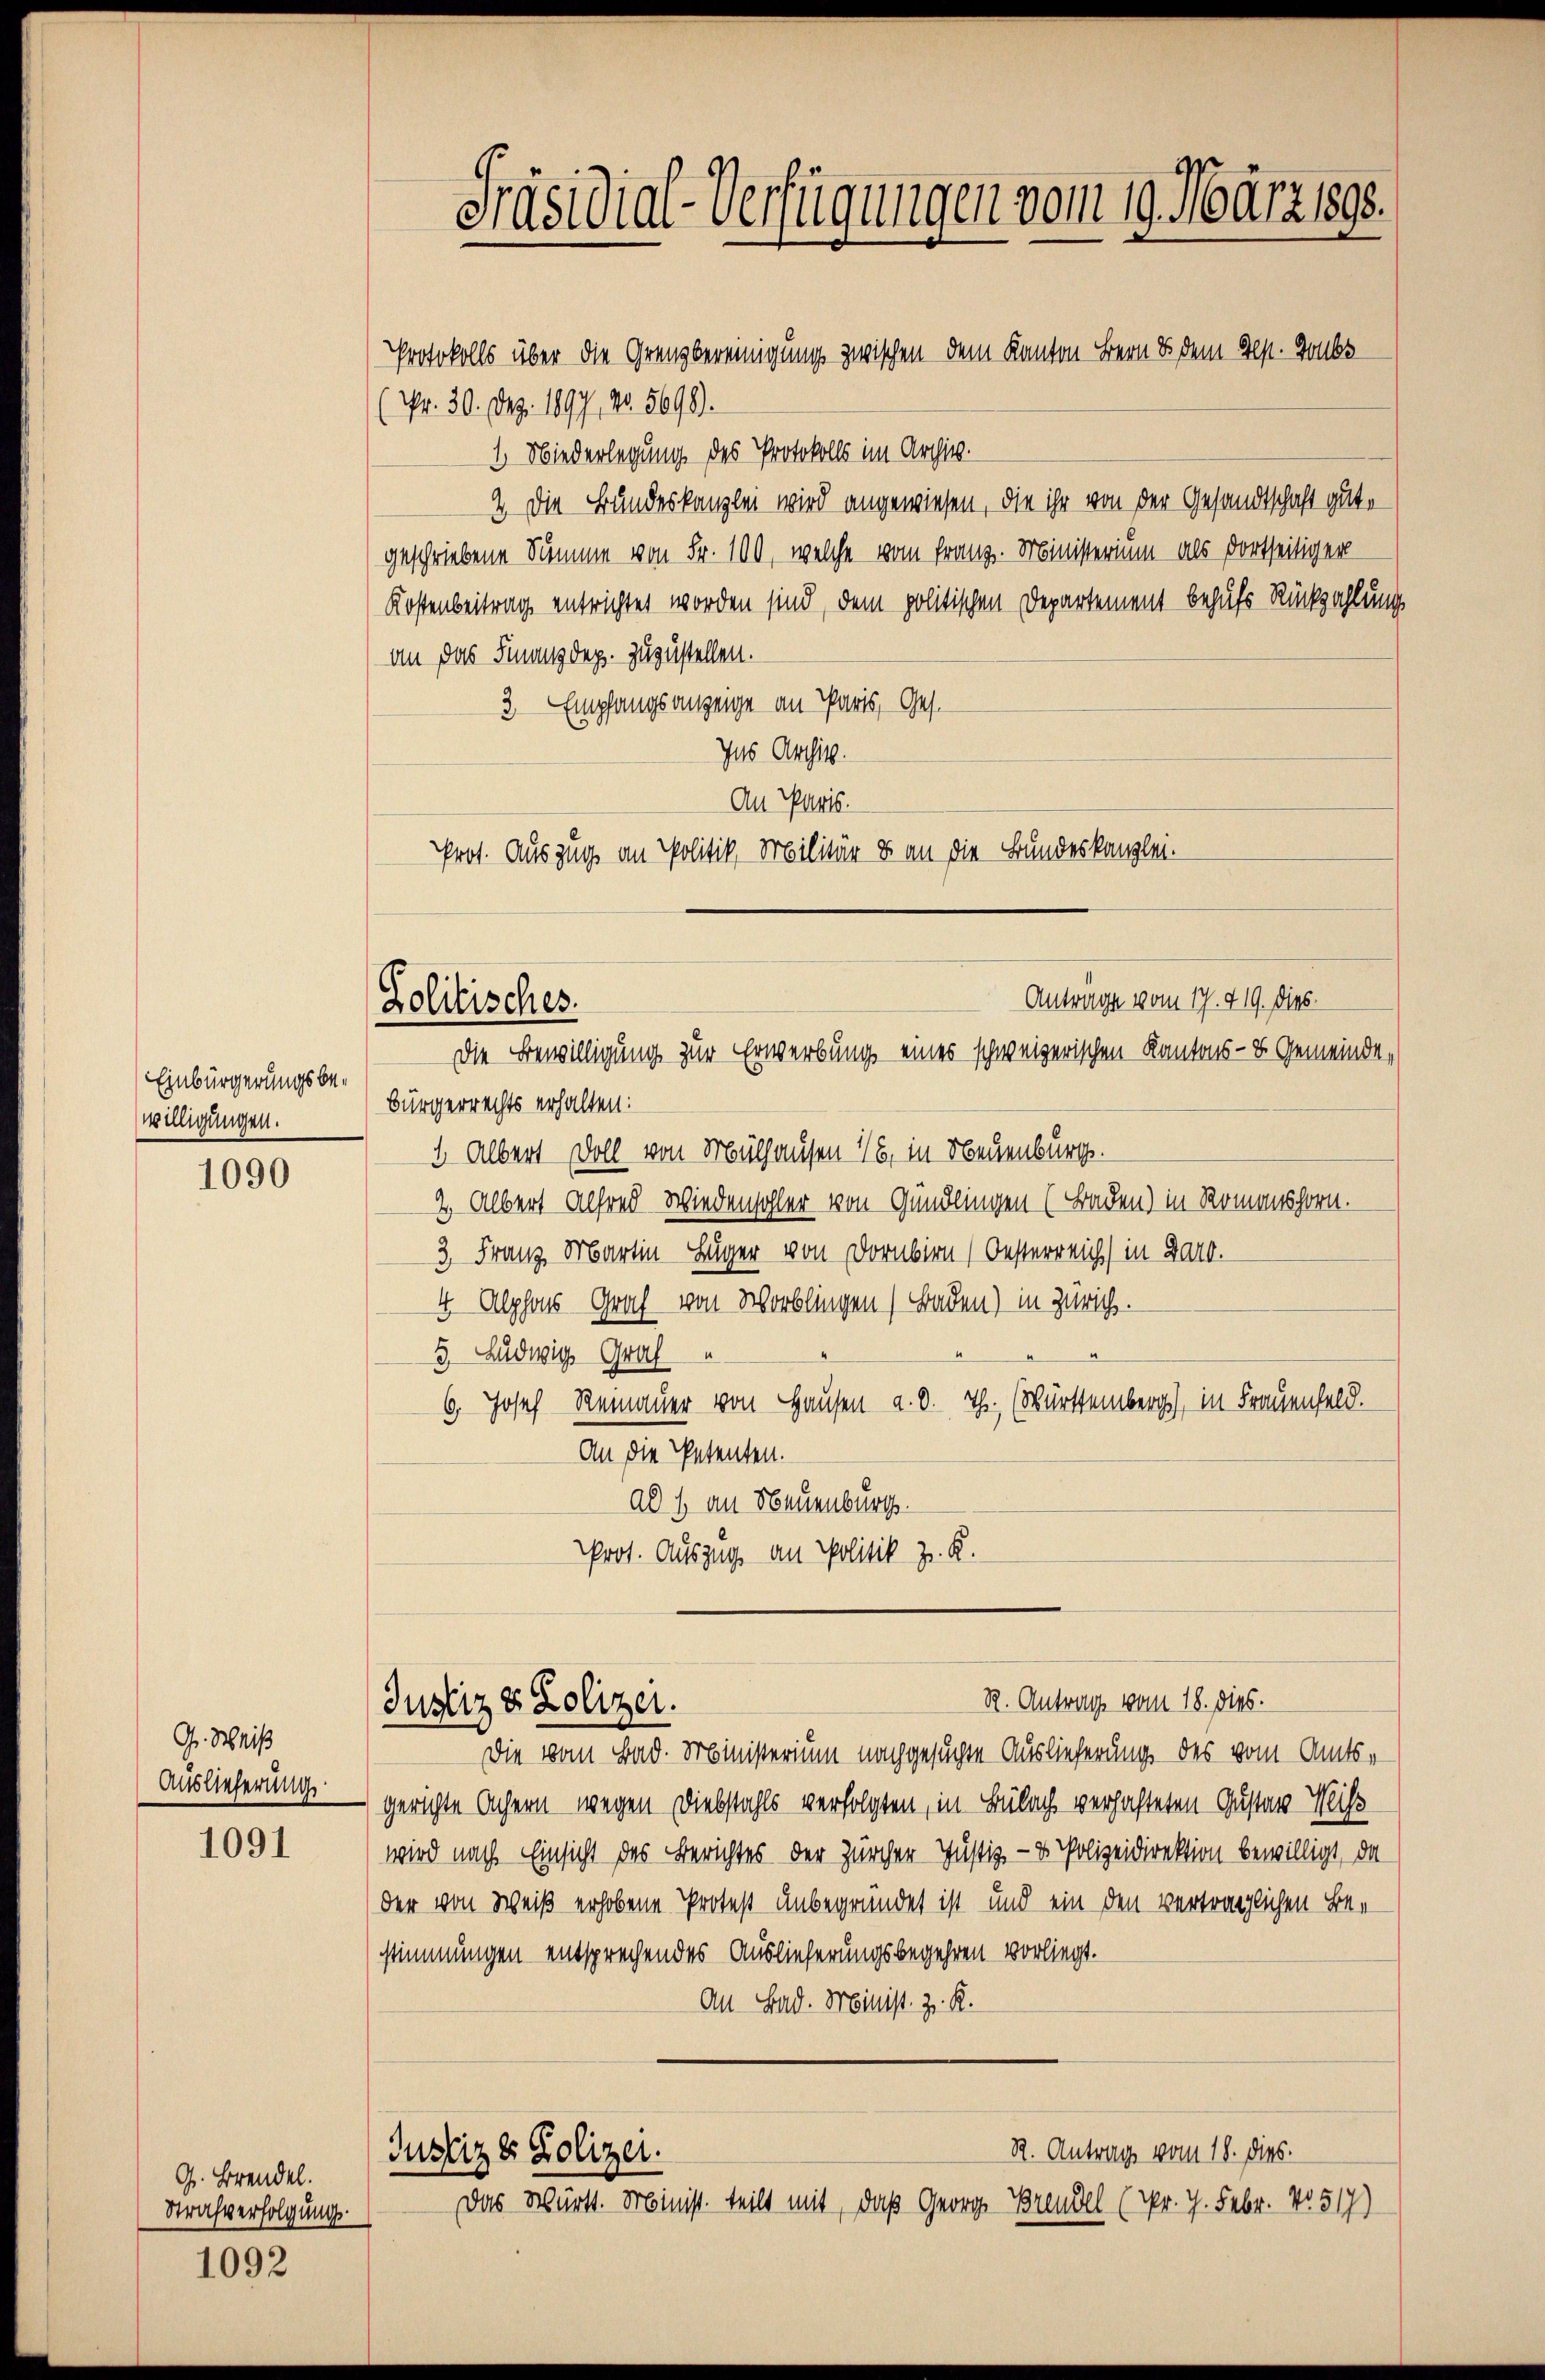
Einbürgerungsbewilligungen.

1090

G. Weiß
Auslieferung

1091

Gr. Brandel.
Strafverfolgung

1092

Protokolls über die Grenzbereinigung zwischen dem Kanton Bern es dem Sept. Jobs
Nr. 30. Dez. 1897, No. 5690.
1. Niederlegung des Protokolls im Archiv.
2 Die Bundeskanzlei wird angewiesen, die ihr von der Gesandtschaft gut,
geschriebene Summe von Fr. 100, welche vom Franz. Ministerium als dortseitiger
Kostenbeitrag entrichtet worden sind, dem politischen Departement behufs Rückzahlung
an das Finanzdep. zuzustellen.
3 Empfangsanzeige an Paris, Ges.
Jas Archit.
An Paris.
Prot. Auszug an Politik, Militär es an die Bundeskanzlei-

Antrage vom 17. 419. dies.
Lolitisches.
Die Bewilligung zur Erwerbung eines schweizerischen Kantons- & Gemeinde,

Präsidial-Verfügungen vom 19. März 1890.

Bürgerrechts erhalten:
1. Albert Doll von Mülhausen 16, in Neuenburg.
2. Albert Alfred Wiedensohler von Gündlingen (Baden) in Romanshorn.
3, Franz Martin Lüger von Dornbirn (Oesterreich in Barb.
4 Alphons Graf von Worblingen Baden) in Zürich.
5, Ludwig Graf
6. Josef Reinauer von Hausen a. d. Th. (Württemberg), in Frauenfeld.
An die Petenten.
ad 1. an Neuenburg.
Prot. Auszug an Politik z. R.
R. Antrag vom 18. dies.
Justiz & Polizei.
Die vom Bad. Ministerium nachgesuchen Auslieferung des vom Amtsgerichte Achern wegen Diebstahls verfolgten, in Bülach verhafteten Gustav Miss
wird nach Einsicht des Berichtes der Zürcher Justiz- & Polizeidirektion bewilligt, da
der von Weiß erhobene Protest unbegründet ist und ein den vertraglichen Bestimmungen entsprechendes Auslieferungsbegehren vorliegt.
An Bad. Minist. z. R.
R. Antrag vom 18. dies.
Justiz es Polizei.
Das Württ. Minist. teilt mit, daß Georg Brendel (Nr. 7. Febr. No 517)